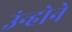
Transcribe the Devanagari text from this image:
उंन्होने